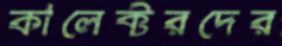
কালেক্টরদের